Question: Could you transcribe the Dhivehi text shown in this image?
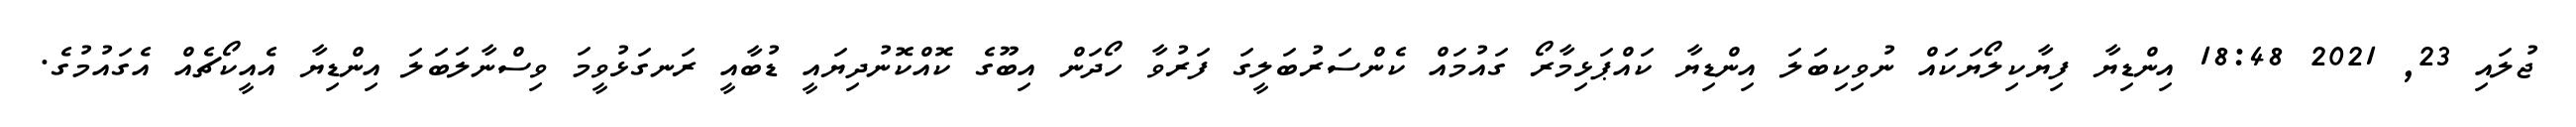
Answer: ޖުލައި 23, 2021 18:48 އިންޑިޔާ ފިޔާކިލޯޔަކައް ނުވިކިބަލަ އިންޑިޔާ ކައްޕަޅިމާރޯ ގައުމައް ކެންސަރުބަލީގަ ފަރުވާ ހޯދަން އިބޫގެ ކޮއްކޮނުދިޔައީ ޑުބާއީ ރަނގަޅުވީމަ ވިސްނާލަބަލަ އިންޑިޔާ އެއީކޯޗެއް އެގައުމުގެ.